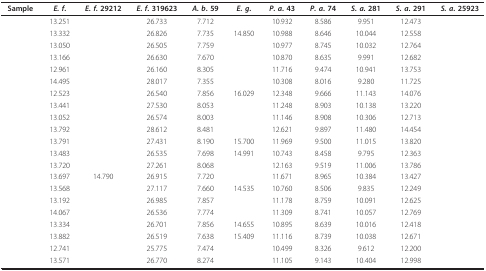
<table><thead><tr><td><b>Sample</b></td><td><b><i>E. f</i>.</b></td><td><b><i>E. f</i>. 29212</b></td><td><b><i>E. f</i>. 319623</b></td><td><b><i>A. b</i>. 59</b></td><td><b><i>E. g</i>.</b></td><td><b><i>P. a</i>. 43</b></td><td><b><i>P. a</i>. 74</b></td><td><b><i>S. a</i>. 281</b></td><td><b><i>S. a</i>. 291</b></td><td><b><i>S. a</i>. 25923</b></td></tr></thead><tbody><tr><td>[EMPTY_CELL]</td><td>13.251</td><td>[EMPTY_CELL]</td><td>26.733</td><td>7.712</td><td>[EMPTY_CELL]</td><td>10.932</td><td>8.586</td><td>9.951</td><td>12.473</td><td>[EMPTY_CELL]</td></tr><tr><td>[EMPTY_CELL]</td><td>13.332</td><td>[EMPTY_CELL]</td><td>26.826</td><td>7.735</td><td>14.850</td><td>10.988</td><td>8.646</td><td>10.044</td><td>12.558</td><td>[EMPTY_CELL]</td></tr><tr><td>[EMPTY_CELL]</td><td>13.050</td><td>[EMPTY_CELL]</td><td>26.505</td><td>7.759</td><td>[EMPTY_CELL]</td><td>10.977</td><td>8.745</td><td>10.032</td><td>12.764</td><td>[EMPTY_CELL]</td></tr><tr><td>[EMPTY_CELL]</td><td>13.166</td><td>[EMPTY_CELL]</td><td>26.630</td><td>7.670</td><td>[EMPTY_CELL]</td><td>10.870</td><td>8.635</td><td>9.991</td><td>12.682</td><td>[EMPTY_CELL]</td></tr><tr><td>[EMPTY_CELL]</td><td>12.961</td><td>[EMPTY_CELL]</td><td>26.160</td><td>8.305</td><td>[EMPTY_CELL]</td><td>11.716</td><td>9.474</td><td>10.941</td><td>13.753</td><td>[EMPTY_CELL]</td></tr><tr><td>[EMPTY_CELL]</td><td>14.495</td><td>[EMPTY_CELL]</td><td>28.017</td><td>7.355</td><td>[EMPTY_CELL]</td><td>10.308</td><td>8.016</td><td>9.280</td><td>11.725</td><td>[EMPTY_CELL]</td></tr><tr><td>[EMPTY_CELL]</td><td>12.523</td><td>[EMPTY_CELL]</td><td>26.540</td><td>7.856</td><td>16.029</td><td>12.348</td><td>9.666</td><td>11.143</td><td>14.076</td><td>[EMPTY_CELL]</td></tr><tr><td>[EMPTY_CELL]</td><td>13.441</td><td>[EMPTY_CELL]</td><td>27.530</td><td>8.053</td><td>[EMPTY_CELL]</td><td>11.248</td><td>8.903</td><td>10.138</td><td>13.220</td><td>[EMPTY_CELL]</td></tr><tr><td>[EMPTY_CELL]</td><td>13.052</td><td>[EMPTY_CELL]</td><td>26.574</td><td>8.003</td><td>[EMPTY_CELL]</td><td>11.146</td><td>8.908</td><td>10.306</td><td>12.713</td><td>[EMPTY_CELL]</td></tr><tr><td>[EMPTY_CELL]</td><td>13.792</td><td>[EMPTY_CELL]</td><td>28.612</td><td>8.481</td><td>[EMPTY_CELL]</td><td>12.621</td><td>9.897</td><td>11.480</td><td>14.454</td><td>[EMPTY_CELL]</td></tr><tr><td>[EMPTY_CELL]</td><td>13.791</td><td>[EMPTY_CELL]</td><td>27.431</td><td>8.190</td><td>15.700</td><td>11.969</td><td>9.500</td><td>11.015</td><td>13.820</td><td>[EMPTY_CELL]</td></tr><tr><td>[EMPTY_CELL]</td><td>13.483</td><td>[EMPTY_CELL]</td><td>26.535</td><td>7.698</td><td>14.991</td><td>10.743</td><td>8.458</td><td>9.795</td><td>12.363</td><td>[EMPTY_CELL]</td></tr><tr><td>[EMPTY_CELL]</td><td>13.720</td><td>[EMPTY_CELL]</td><td>27.261</td><td>8.068</td><td>[EMPTY_CELL]</td><td>12.163</td><td>9.519</td><td>11.006</td><td>13.786</td><td>[EMPTY_CELL]</td></tr><tr><td>[EMPTY_CELL]</td><td>13.697</td><td>14.790</td><td>26.915</td><td>7.720</td><td>[EMPTY_CELL]</td><td>11.671</td><td>8.965</td><td>10.384</td><td>13.427</td><td>[EMPTY_CELL]</td></tr><tr><td>[EMPTY_CELL]</td><td>13.568</td><td>[EMPTY_CELL]</td><td>27.117</td><td>7.660</td><td>14.535</td><td>10.760</td><td>8.506</td><td>9.835</td><td>12.249</td><td>[EMPTY_CELL]</td></tr><tr><td>[EMPTY_CELL]</td><td>13.192</td><td>[EMPTY_CELL]</td><td>26.985</td><td>7.857</td><td>[EMPTY_CELL]</td><td>11.178</td><td>8.759</td><td>10.091</td><td>12.625</td><td>[EMPTY_CELL]</td></tr><tr><td>[EMPTY_CELL]</td><td>14.067</td><td>[EMPTY_CELL]</td><td>26.536</td><td>7.774</td><td>[EMPTY_CELL]</td><td>11.309</td><td>8.741</td><td>10.057</td><td>12.769</td><td>[EMPTY_CELL]</td></tr><tr><td>[EMPTY_CELL]</td><td>13.334</td><td>[EMPTY_CELL]</td><td>26.701</td><td>7.856</td><td>14.655</td><td>10.895</td><td>8.639</td><td>10.016</td><td>12.418</td><td>[EMPTY_CELL]</td></tr><tr><td>[EMPTY_CELL]</td><td>13.882</td><td>[EMPTY_CELL]</td><td>26.519</td><td>7.638</td><td>15.409</td><td>11.116</td><td>8.739</td><td>10.038</td><td>12.671</td><td>[EMPTY_CELL]</td></tr><tr><td>[EMPTY_CELL]</td><td>12.741</td><td>[EMPTY_CELL]</td><td>25.775</td><td>7.474</td><td>[EMPTY_CELL]</td><td>10.499</td><td>8.326</td><td>9.612</td><td>12.200</td><td>[EMPTY_CELL]</td></tr><tr><td>[EMPTY_CELL]</td><td>13.571</td><td>[EMPTY_CELL]</td><td>26.770</td><td>8.274</td><td>[EMPTY_CELL]</td><td>11.105</td><td>9.143</td><td>10.404</td><td>12.998</td><td>[EMPTY_CELL]</td></tr></tbody></table>